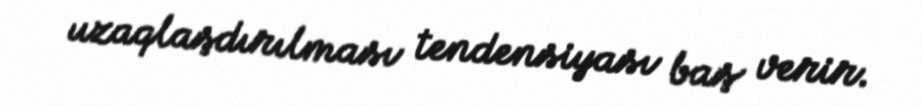
uzaqlaşdırılması tendensiyası baş verir.